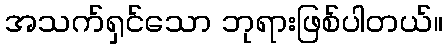
အသက်ရှင်သော ဘုရားဖြစ်ပါတယ်။